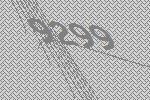
9299